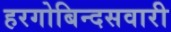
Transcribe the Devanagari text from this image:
हरगोबिन्दसवारी